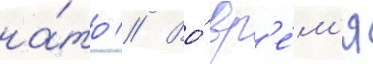
на́то // Во́ вр'е́м'я